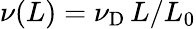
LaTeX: \nu(L)=\nu_{\mathrm{D}}\, L/L_{0}